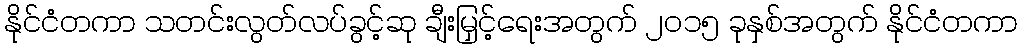
နိုင်ငံတကာ သတင်းလွတ်လပ်ခွင့်ဆု ချီးမြှင့်ရေးအတွက် ၂၀၁၅ ခုနှစ်အတွက် နိုင်ငံတကာ